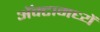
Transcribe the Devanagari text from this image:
अॅक्टामध्यें